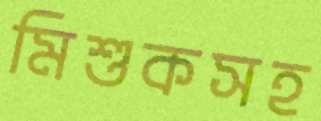
মিশুকসহ